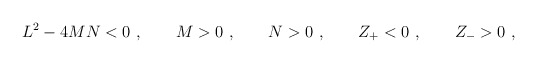
\begin{align*}L^2- 4MN<0 \ , \qquad M>0\ , \qquad N>0\ , \qquad Z_+ < 0\ , \qquad Z_->0 \ , \end{align*}